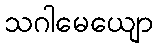
သဂါမေယျော